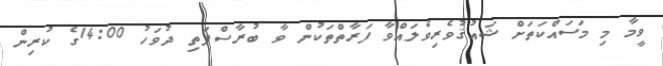
ވީމާ މި މަސައްކަތަށް ޝައުޤުވެރިވެލައްވާ ފަރާތްތަކުން ވާ ބުރާސްފަތި ދުވަހު 14:00ގެ ކުރިން